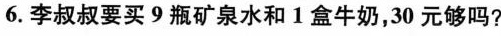
6.李叔叔要买9瓶矿泉水和1盒牛奶，30元够吗?